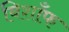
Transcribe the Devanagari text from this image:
बिशाँफ